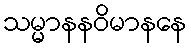
သမ္မာနနဝိမာနနေ